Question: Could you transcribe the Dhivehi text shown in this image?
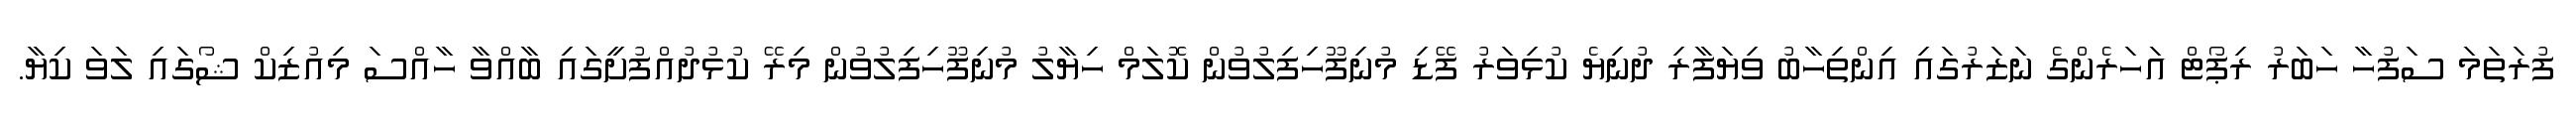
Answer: ފުރަތަމަ ސަފުހާ ހަބަރު ރިޕޯޓް އަހަރެންގެ ނަޒަރުގައި އިންތިހާބު ވިޔަފާރި ދުނިޔެ ކުޅިވަރު ފޭޑި މުނިފޫހިފިލުވުން ކޮލަމް ހިޔާލު މުނިފޫހިފިލުވުން މިރޭ ކުޅުދުއްފުށީގައި ބާއްވާ ހާއްސަ މިއުޒިކް ޝޯގައި ލަވަ ކިޔާ.